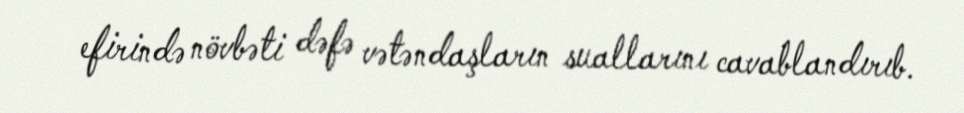
efirində növbəti dəfə vətəndaşların suallarını cavablandırıb.